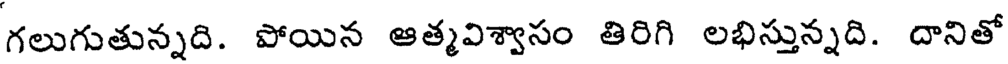
గలుగుతున్నది. పోయిన ఆత్మవిశ్వాసం తిరిగి లభిస్తున్నది. దానితో